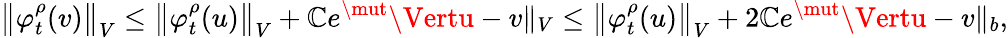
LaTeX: \left\Vert\varphi_{t}^{\rho}(v)\right\Vert_{V}\leq\left\Vert\varphi_{t}^{\rho}(u)\right\Vert_{V}+\mathbb{C}e^{\mut}\Vertu-v\Vert_{V}\leq\left\Vert\varphi_{t}^{\rho}(u)\right\Vert_{V}+2\mathbb{C}e^{\mut}\Vertu-v\Vert_{b},